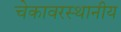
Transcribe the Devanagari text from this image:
चेकावरस्थानीय